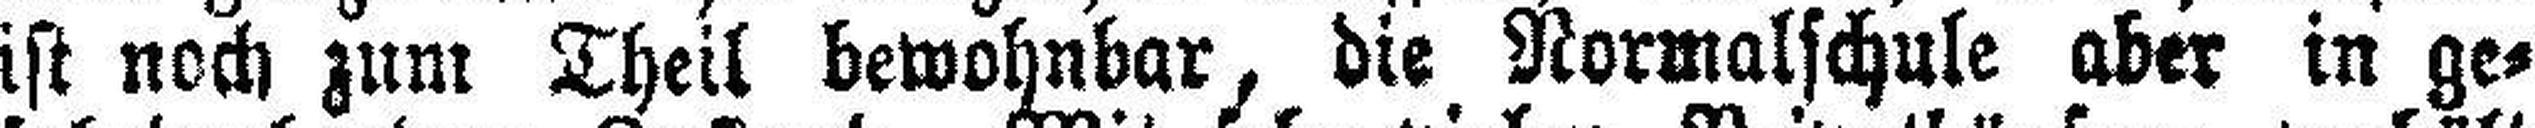
ist noch zum Theil bewohnbar, die Normalschule aber in ge¬